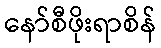
နော်စီဖိုးရာစိန်